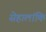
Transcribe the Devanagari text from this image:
सेहालांकि